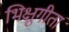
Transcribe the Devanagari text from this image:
भिक्षुगीता